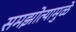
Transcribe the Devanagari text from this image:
समझोत्यामुळे